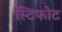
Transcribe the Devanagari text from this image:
स्टिफोट